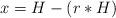
LaTeX: \begin{align*} x=H-(r * H)\end{align*}